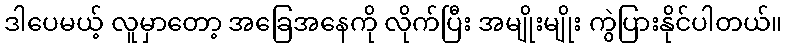
ဒါပေမယ့် လူမှာတော့ အခြေအနေကို လိုက်ပြီး အမျိုးမျိုး ကွဲပြားနိုင်ပါတယ်။